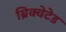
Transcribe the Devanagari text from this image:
ब्रिक्वेटेड